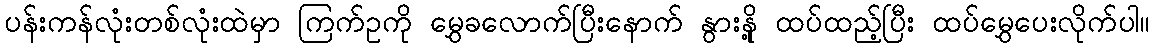
ပန်းကန်လုံးတစ်လုံးထဲမှာ ကြက်ဥကို မွှေခလောက်ပြီးနောက် နွားနို့ ထပ်ထည့်ပြီး ထပ်မွှေပေးလိုက်ပါ။